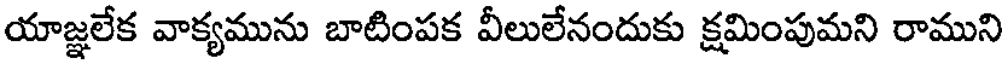
యాజ్ఞలేక వాక్యమును బాటింపక వీలులేనందుకు క్షమింపుమని రాముని